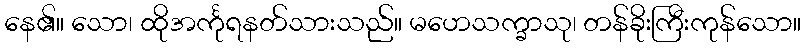
နေ၏။ သော၊ ထိုအင်္ကုရနတ်သားသည်။ မဟေသက္ခာသု၊ တန်ခိုးကြီးကုန်သော။